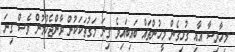
މިހާދިސާ އާއި ގުޅިގެން މީހުންތައް ބައިބައިވެ ގިނަ މަގުތަކަކުން ދާންޖެހުމުން ވެސް ގިނަ